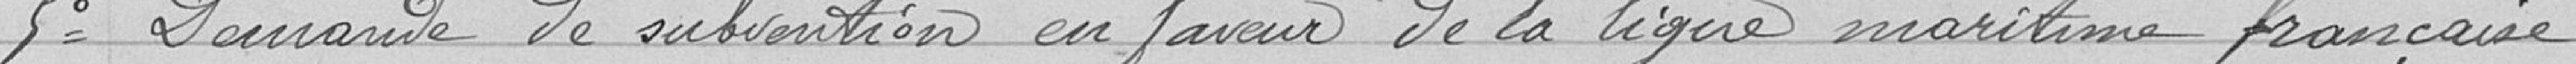
5 Demande de subvention en faveur de la ligue maritime française